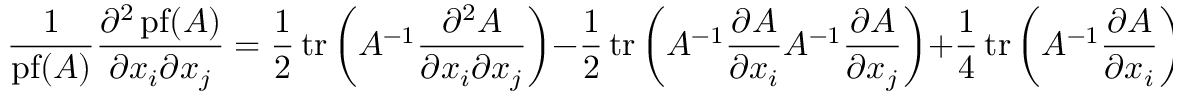
{ \frac { 1 } { \operatorname { p f } ( A ) } } { \frac { \partial ^ { 2 } \operatorname { p f } ( A ) } { \partial x _ { i } \partial x _ { j } } } = { \frac { 1 } { 2 } } \operatorname { t r } \left( A ^ { - 1 } { \frac { \partial ^ { 2 } A } { \partial x _ { i } \partial x _ { j } } } \right) - { \frac { 1 } { 2 } } \operatorname { t r } \left( A ^ { - 1 } { \frac { \partial A } { \partial x _ { i } } } A ^ { - 1 } { \frac { \partial A } { \partial x _ { j } } } \right) + { \frac { 1 } { 4 } } \operatorname { t r } \left( A ^ { - 1 } { \frac { \partial A } { \partial x _ { i } } } \right) \operatorname { t r } \left( A ^ { - 1 } { \frac { \partial A } { \partial x _ { j } } } \right) .